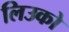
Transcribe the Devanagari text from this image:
लिउको